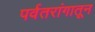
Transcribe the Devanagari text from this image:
पर्वतरांगातून